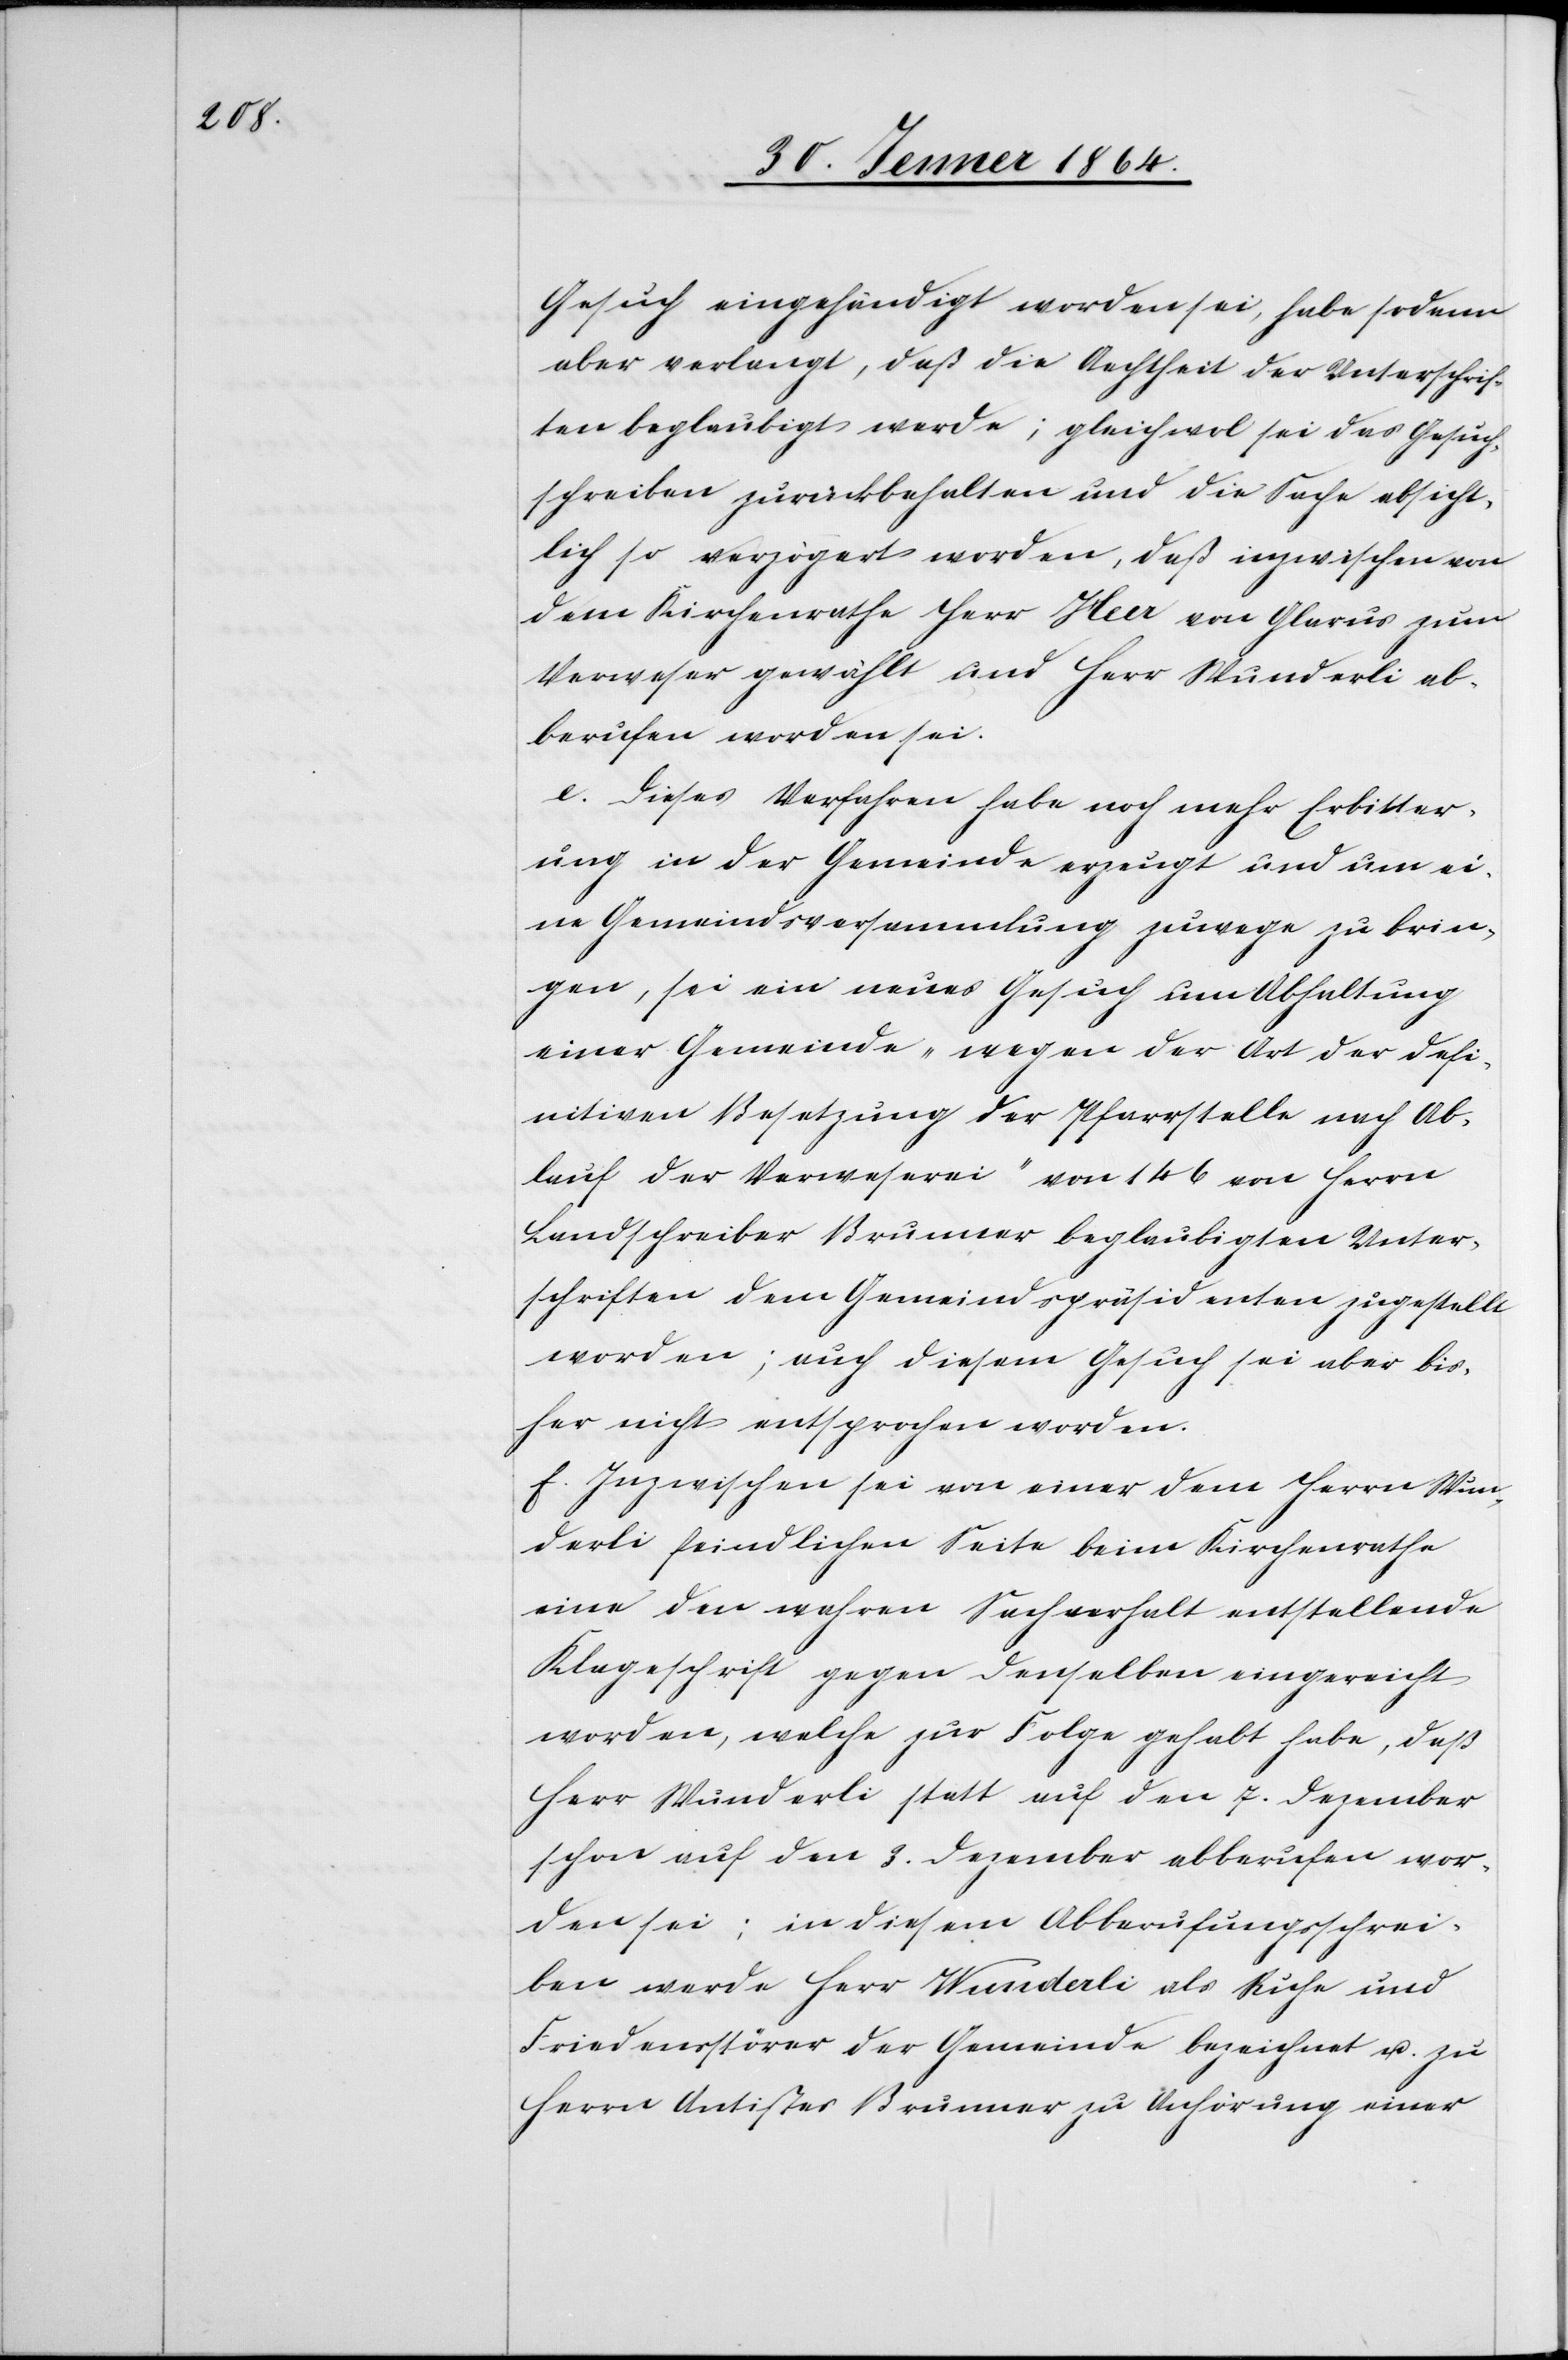
Gesuch eingehändigt worden sei, habe sodann
aber verlangt, daß die Aechtheit der Unterschrif¬
ten beglaubigt werde; gleichwol sei das Gesuch¬
schreiben zurückbehalten und die Sache absicht¬
lich so verzögert worden, daß inzwischen von
dem Kirchenrathe Herr Heer von Glarus zum
Verweser gewählt und Herr Wunderli ab¬
berufen worden sei.
e.) Dieses Verfahren habe noch mehr Erbitter¬
ung in der Gemeinde erzeugt und um ei¬
ne Gemeindsversammlung zuwege zu brin¬
gen, sei ein neues Gesuch um Abhaltung
einer Gemeinde „wegen der Art der defi¬
nitiven Besetzung der Pfarrstelle nach Ab¬
lauf der Verweserei“ von 146 von Herrn
Landschreiber Brunner beglaubigten Unter¬
schriften dem Gemeindspräsidenten zugestellt
worden; auch diesem Gesuch sei aber bis¬
her nicht entsprochen worden.
f.) Inzwischen sei von einer dem Herrn Wun¬
derli feindlichen Seite beim Kirchenrathe
eine den wahren Sachverhalt entstellende
Klageschrift gegen denselben eingereicht
worden, welche zur Folge gehabt habe, daß
Herr Wunderli statt auf den 7. Dezember
schon auf den 3. Dezember abberufen wor¬
den sei; in diesem Abberufungsschrei¬
ben werde Herr Wunderli als Ruhe[-] und
Friedensstörer der Gemeinde bezeichnet u. zu
Herrn Antistes Brunner zu [sic!] Anhörung einer